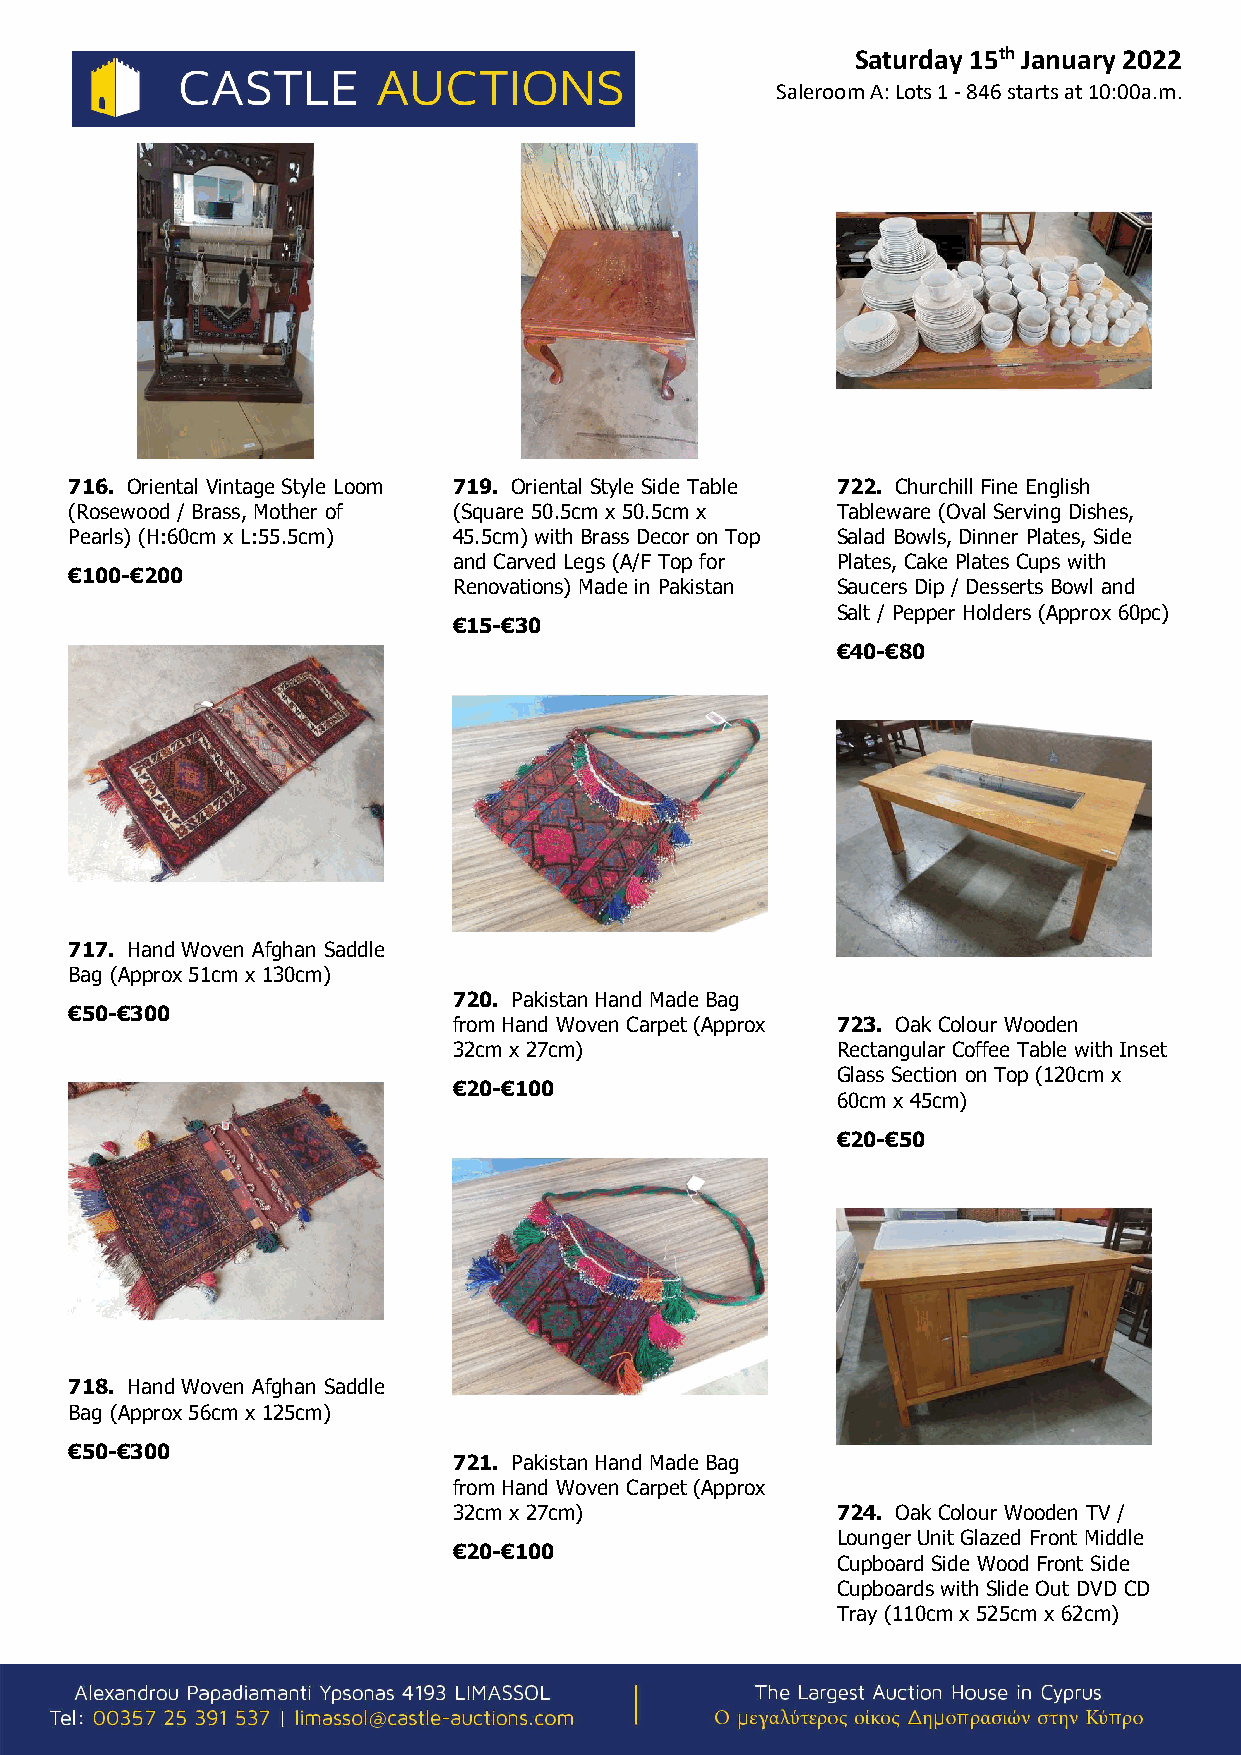
Saturday 15th January 2022
 Saleroom A: Lots 1 - 846 starts at 10:00a.m.
 716. Oriental Vintage Style Loom 719. Oriental Style Side Table 722. Churchill Fine English
 (Rosewood / Brass, Mother of (Square 50.5cm x 50.5cm x Tableware (Oval Serving Dishes,
 Pearls) (H:60cm x L:55.5cm) 45.5cm) with Brass Decor on Top Salad Bowls, Dinner Plates, Side
 and Carved Legs (A/F Top for Plates, Cake Plates Cups with
 €100-€200
 Renovations) Made in Pakistan Saucers Dip / Desserts Bowl and
 Salt / Pepper Holders (Approx 60pc)
 €15-€30
 €40-€80
 717. Hand Woven Afghan Saddle
 Bag (Approx 51cm x 130cm)
 720. Pakistan Hand Made Bag
 €50-€300
 from Hand Woven Carpet (Approx 723. Oak Colour Wooden
 32cm x 27cm)             Rectangular Coffee Table with Inset
 Glass Section on Top (120cm x
 €20-€100
 60cm x 45cm)
 €20-€50
 718. Hand Woven Afghan Saddle
 Bag (Approx 56cm x 125cm)
 €50-€300
 721. Pakistan Hand Made Bag
 from Hand Woven Carpet (Approx
 32cm x 27cm)             724. Oak Colour Wooden TV /
 Lounger Unit Glazed Front Middle
 €20-€100
 Cupboard Side Wood Front Side
 Cupboards with Slide Out DVD CD
 Tray (110cm x 525cm x 62cm)